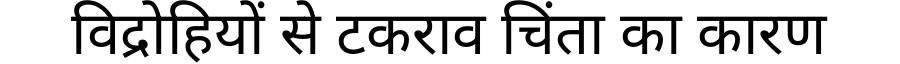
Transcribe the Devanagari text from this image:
विद्रोहियों से टकराव चिंता का कारण